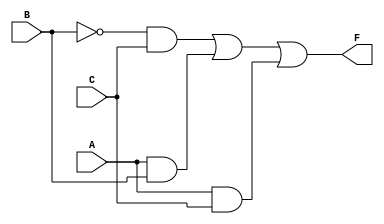
module three_variable_kmap (
    input wire A, // Input variable A
    input wire B, // Input variable B
    input wire C, // Input variable C
    output wire F // Output variable F
);

// Implementing the simplified Boolean expression F = B'C + AB + AC
assign F = (~B & C) | (A & B) | (A & C);

endmodule